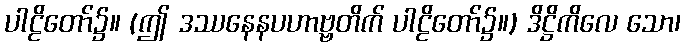
ပါဠိတော်၌။ (ဤ ဒဿနေနပဟာဗ္ဗတိက် ပါဠိတော်၌။) ဒိဋ္ဌိကိလေ သော၊